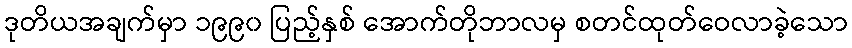
ဒုတိယအချက်မှာ ၁၉၉၀ ပြည့်နှစ် အောက်တိုဘာလမှ စတင်ထုတ်ဝေလာခဲ့သော